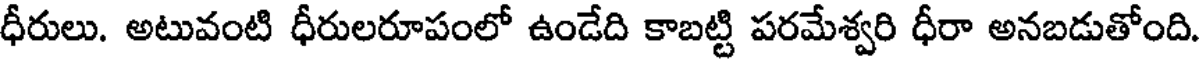
ధీరులు. అటువంటి ధీరులరూపంలో ఉండేది కాబట్టి పరమేశ్వరి ధీరా అనబడుతోంది.